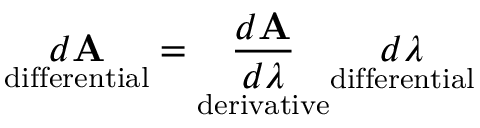
{ \underset { \mathrm { d i f f e r e n t i a l } } { d \mathbf { A } } } = { \underset { \mathrm { d e r i v a t i v e } } { \frac { d \mathbf { A } } { d \lambda } } } { \underset { \mathrm { d i f f e r e n t i a l } } { d \lambda } }